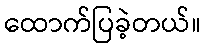
ထောက်ပြခဲ့တယ်။